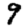
Digit: 9